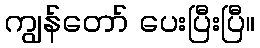
ကျွန်တော် ပေးပြီးပြီ။